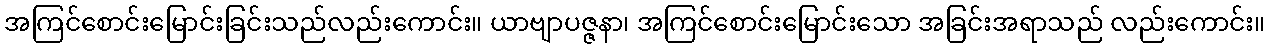
အကြင်စောင်းမြောင်းခြင်းသည်လည်းကောင်း။ ယာဗျာပဇ္ဇနာ၊ အကြင်စောင်းမြောင်းသော အခြင်းအရာသည် လည်းကောင်း။